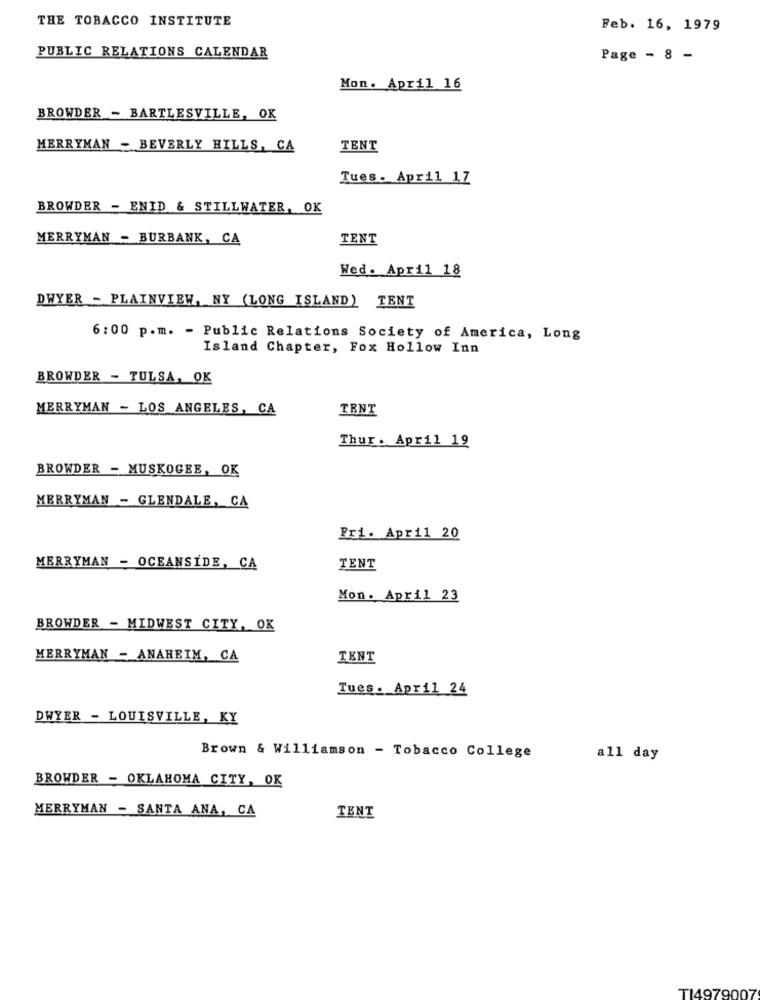
THE TOBACCO INSTITUTE
Feb. 16, 1979
PUBLIC RELATIONS CALENDAR
Page - 8 -
Mon. April 16
BROWDER - BARTLESVILLE, OK
MERRYMAN - BEVERLY HILLS, CA
TENT
Tues. April 17
BROWDER - ENID & STILLWATER, OK
MERRYMAN - BURBANK, CA
TENT
Wed. April 18
DWYER - PLAINVIEW, NY (LONG ISLAND) TENT
6:00 p.m. - Public Relations Society of America, Long
Island Chapter, Fox Hollow Inn
BROWDER - TULSA, OK
MERRYMAN - LOS ANGELES, CA
TENT
Thur. April 19
BROWDER - MUSKOGEE, OK
MERRYMAN - GLENDALE, CA
Fri. April 20
MERRYMAN - OCEANSIDE, CA
TENT
Mon. April 23
BROWDER - MIDWEST CITY, OK
MERRYMAN - ANAHEIM, CA
TENT
Tues. April 24
DWYER - LOUISVILLE, KY
Brown & Williamson - Tobacco College
all day
BROWDER - OKLAHOMA CITY, OK
MERRYMAN - SANTA ANA, CA
TENT
TI4979007